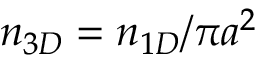
n _ { 3 D } = n _ { 1 D } / \pi a ^ { 2 }